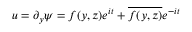
u = \partial _ { y } \psi = f ( y , z ) e ^ { i t } + \overline { { f ( y , z ) } } e ^ { - i t }